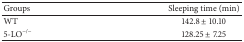
<table><thead><tr><td><b>Groups</b></td><td><b>Sleeping time (min)</b></td></tr></thead><tbody><tr><td>WT</td><td>142.8 ± 10.10</td></tr><tr><td>5-LO<sup>−/−</sup></td><td>128.25 ± 7.25</td></tr></tbody></table>